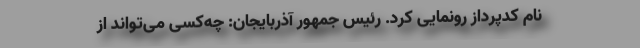
نام کدپرداز رونمایی کرد. رئیس جمهور آذربایجان: چه‌کسی می‌تواند از